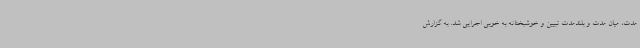
مدت، میان مدت و بلندمدت تبیین و خوشبختانه به خوبی اجرایی شد. به گزارش